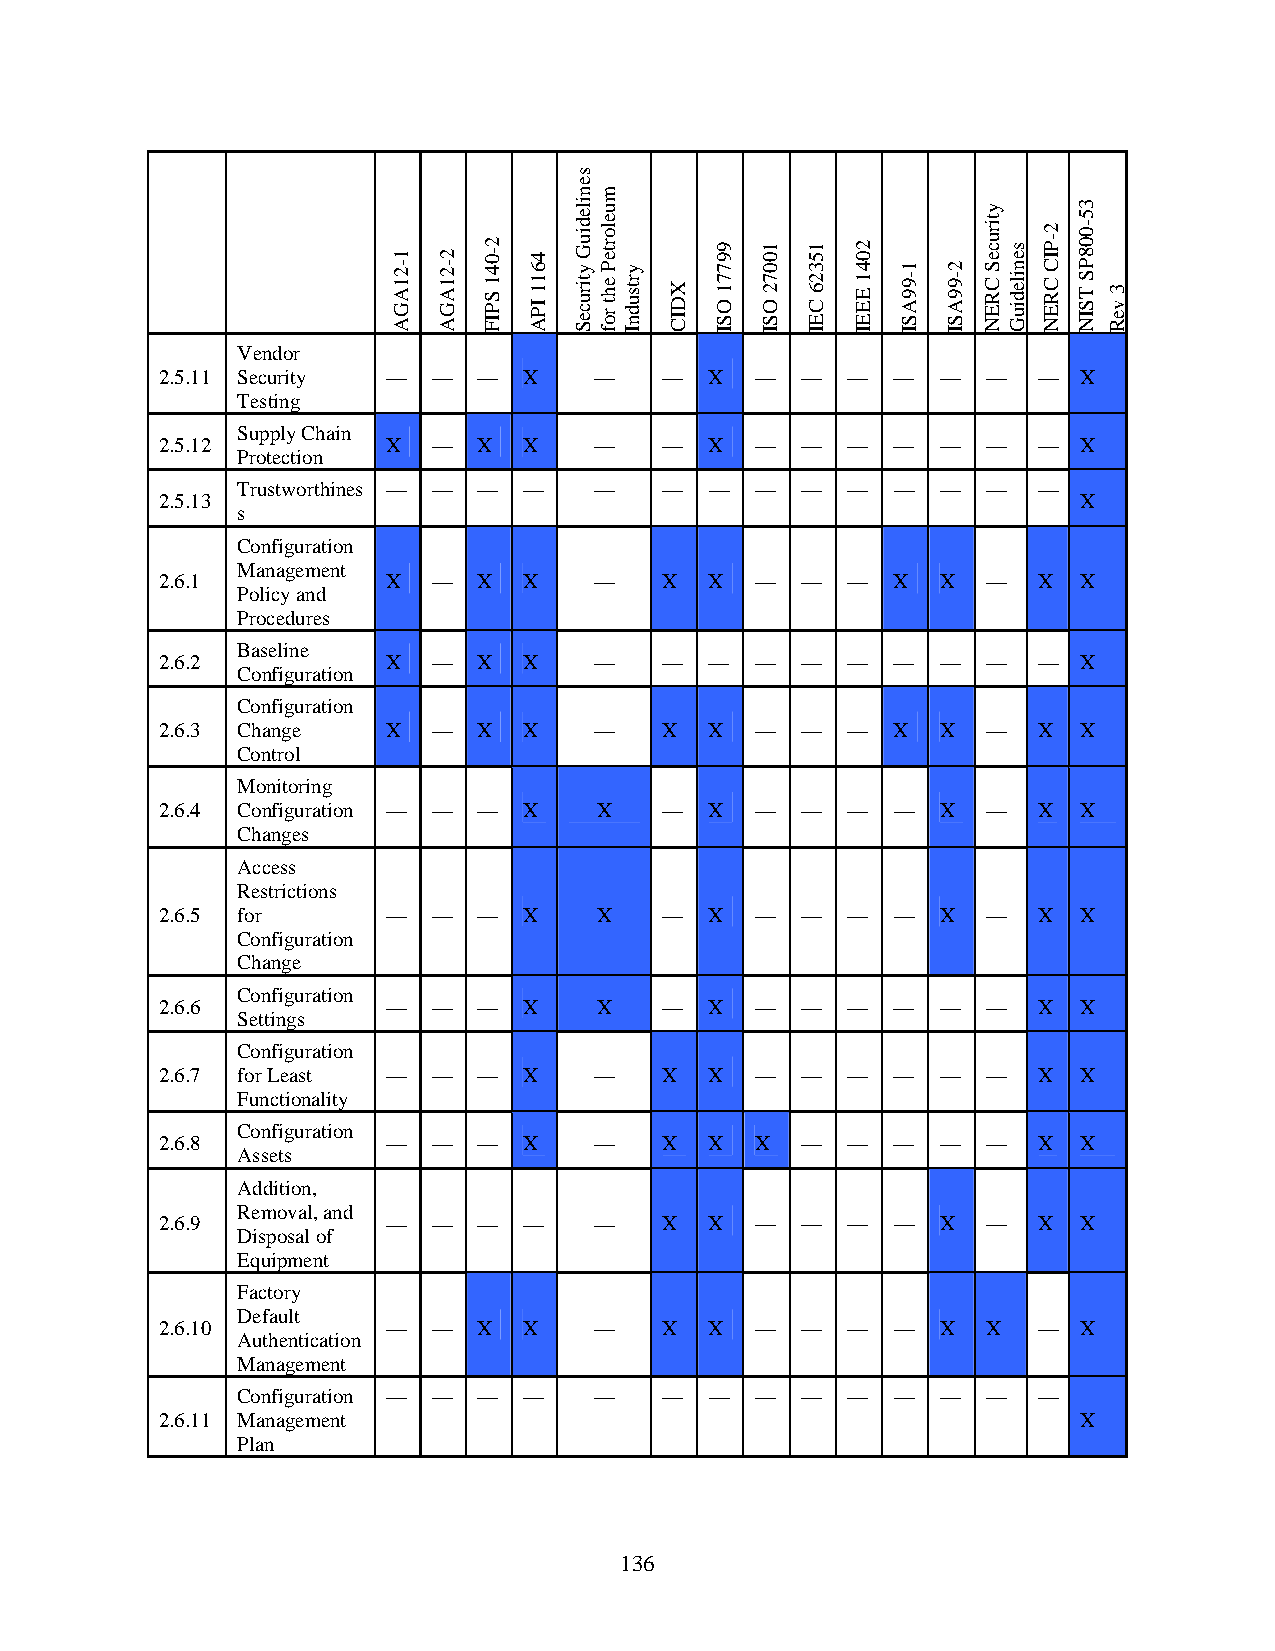
Vendor
 2.5.11 Security — —  —  X   —    —  X  —  —  —  —  —  —   —  X
 Testing
 Supply Chain
 2.5.12         X  —  X  X   —    —  X  —  —  —  —  —  —   —  X
 Protection
 Trustworthines — — — — —    —  —  —  —  —  —  —  —   —
 2.5.13                                                       X
 s
 Configuration
 Management
 2.6.1          X  —  X  X   —    X  X  —  —  —  X  X  —   X  X
 Policy and
 Procedures
 Baseline
 2.6.2          X  —  X  X   —    —  —  —  —  —  —  —  —   —  X
 Configuration
 Configuration
 2.6.3 Change   X  —  X  X   —    X  X  —  —  —  X  X  —   X  X
 Control
 Monitoring
 2.6.4 Configuration — — — X  X   —  X  —  —  —  —  X  —   X  X
 Changes
 Access
 Restrictions
 2.6.5 for      —  —  —  X    X   —  X  —  —  —  —  X  —   X  X
 Configuration
 Change
 Configuration
 2.6.6          —  —  —  X    X   —  X  —  —  —  —  —  —   X  X
 Settings
 Configuration
 2.6.7 for Least — —  —  X   —    X  X  —  —  —  —  —  —   X  X
 Functionality
 Configuration
 2.6.8          —  —  —  X   —    X  X  X  —  —  —  —  —   X  X
 Assets
 Addition,
 Removal, and
 2.6.9          —  —  —  —   —    X  X  —  —  —  —  X  —   X  X
 Disposal of
 Equipment
 Factory
 Default
 2.6.10         —  —  X  X   —    X  X  —  —  —  —  X  X   —  X
 Authentication
 Management
 Configuration — — — —  —    —  —  —  —  —  —  —  —   —
 2.6.11 Management                                            X
 Plan
 136
 1-21AGA 2-21AGA
 2-041
 SPIF
 4611
 IPA
 senilediuG
 ytiruceS
 muelorteP
 eht
 rof
 yrtsudnI
 XDIC
 99771
 OSI
 10072
 OSI
 15326
 CEI
 2041
 EEEI
 1-99ASI 2-99ASI
 ytiruceS
 CREN
 senilediuG
 2-PIC
 CREN
 35-008PS
 TSIN 3
 veR